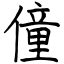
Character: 僮